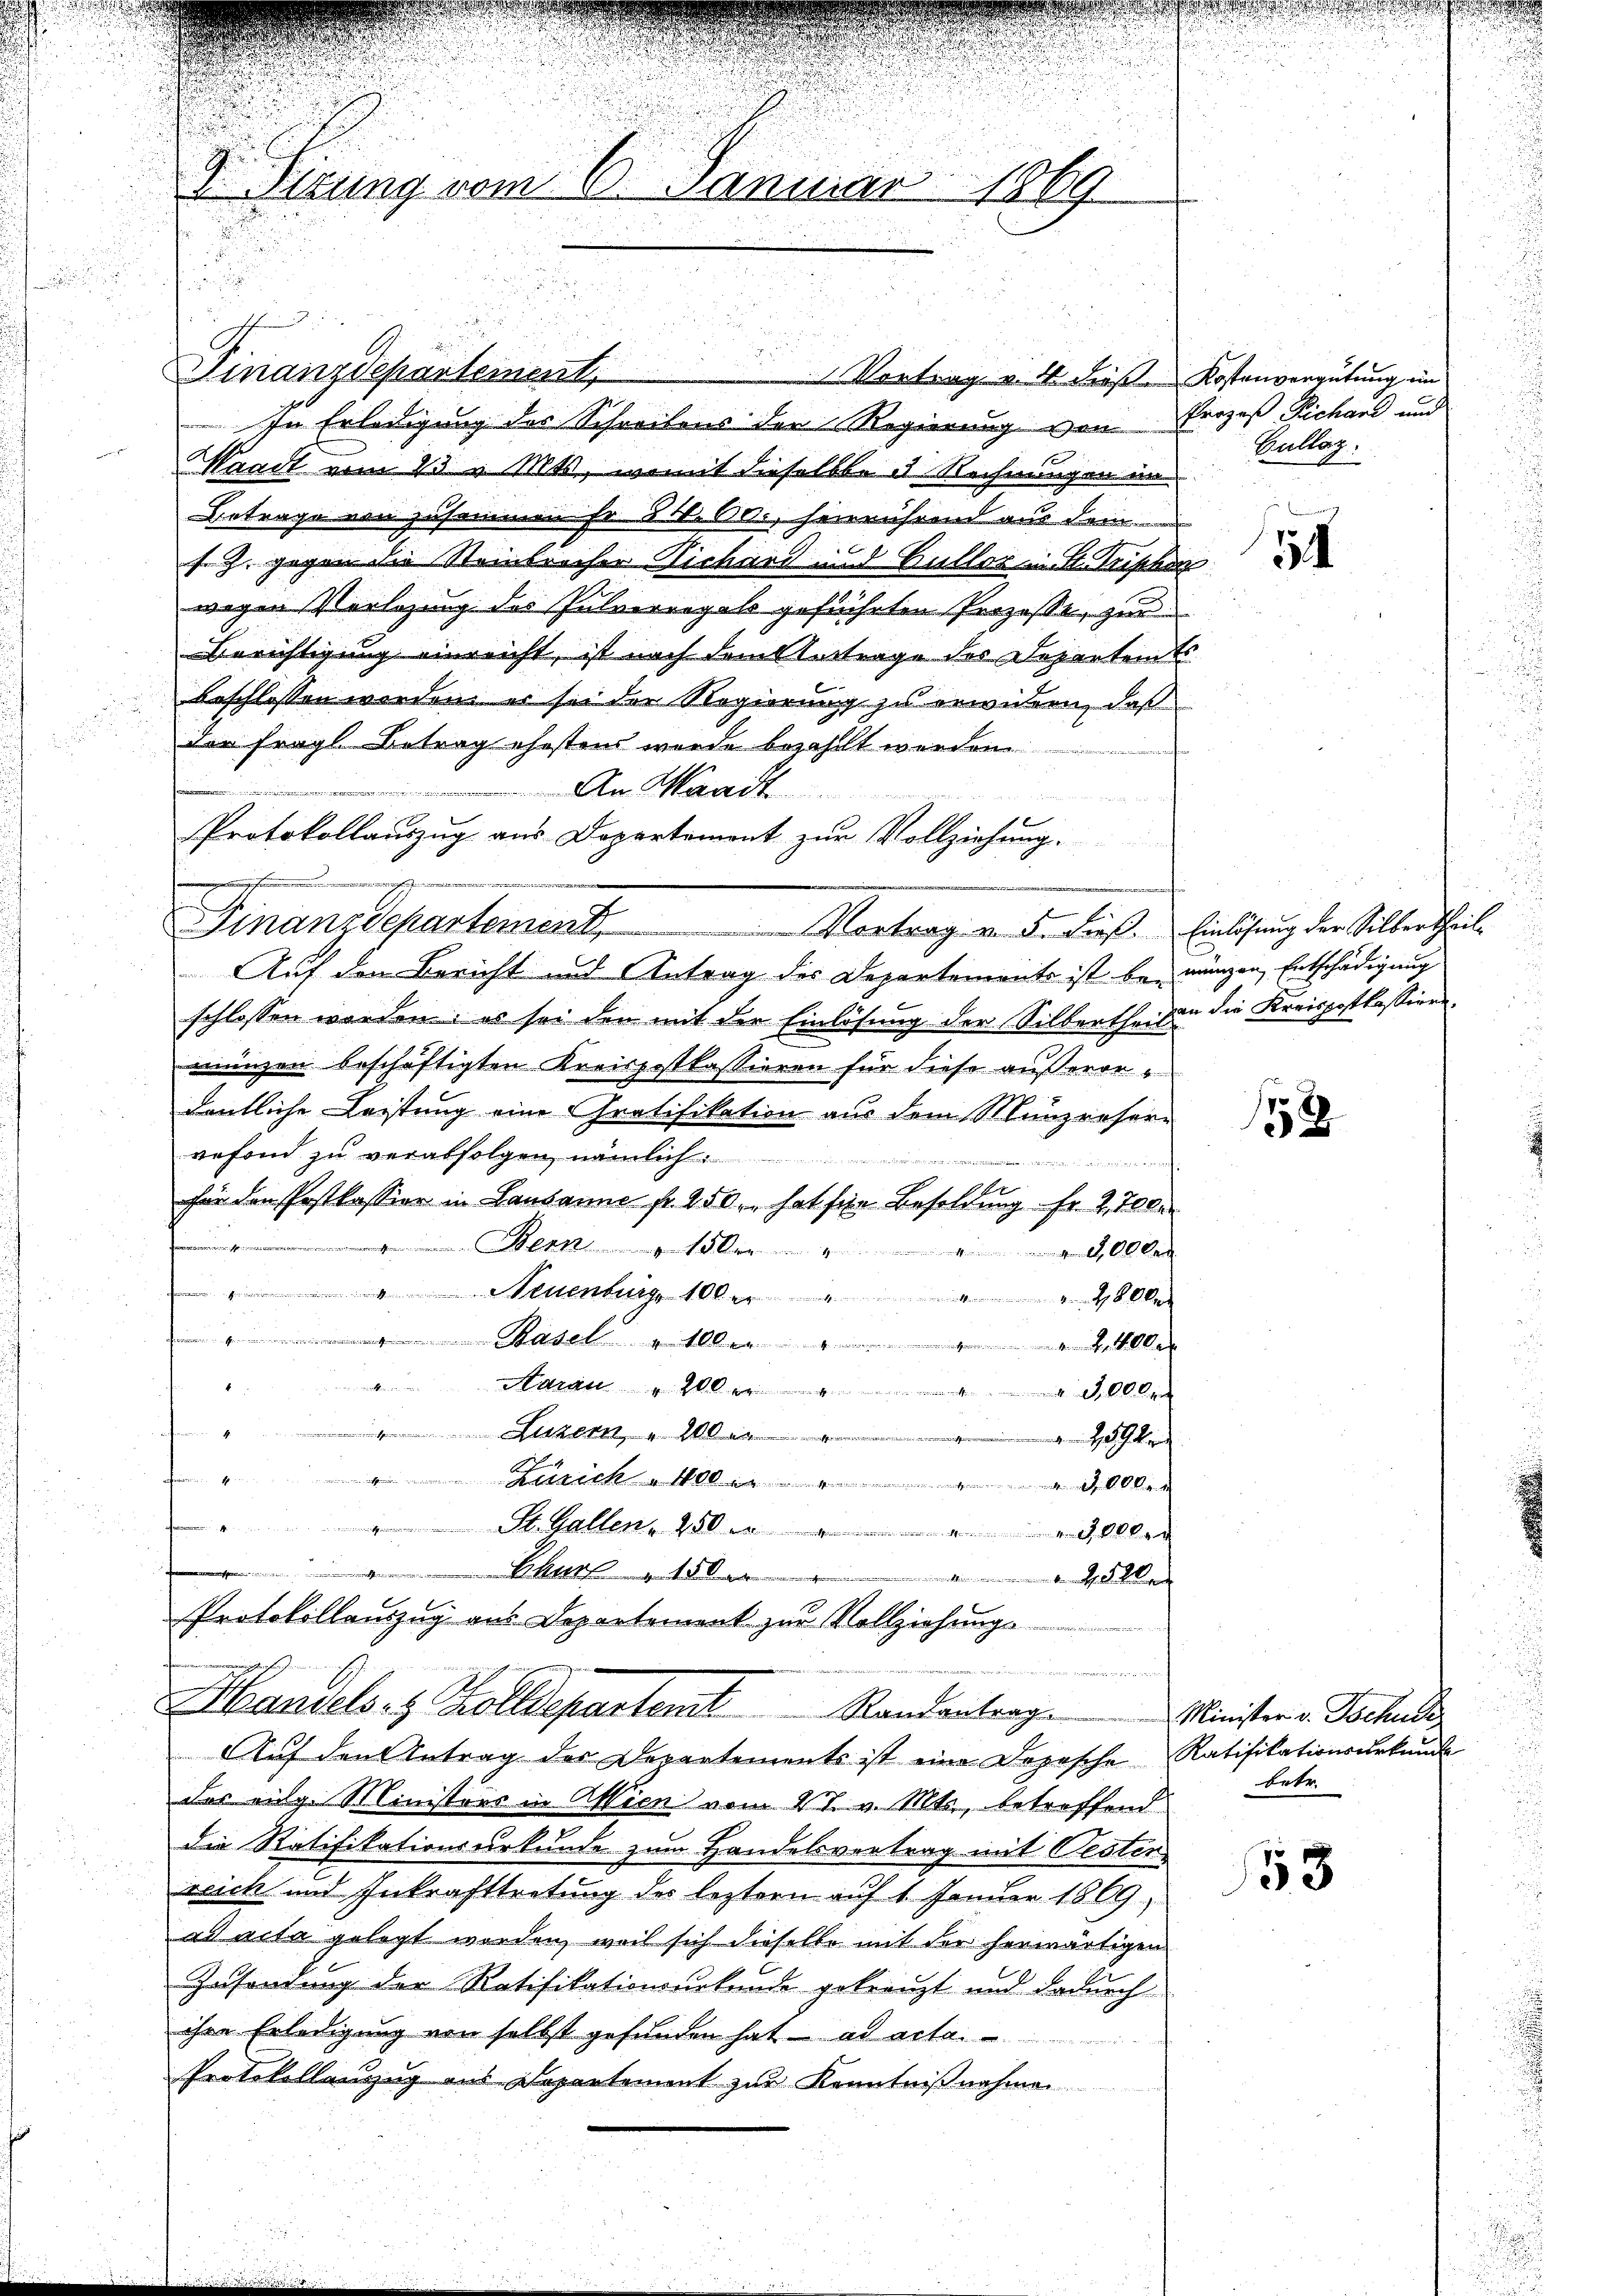
Dr. Sizung vom 6. Januar 1869

Finanzdepartement,
In Erledigung der Schreibens der Regierung von Prozeß Pichard und
Waadt vom 23 u. Mts., womit dieselbe u. Rechnungen im
Betrage von zusammen Fr. 24. 60. Heinrührend aus dem
f. J. gegen die Steinbrecher Richard und Cullos in St. Triphen
wegen Verlegung der Pulverregals geführten Prozesst, zur
Berichtigung einreicht, ist nach dem Vortrage des Departemte
beschlossen worden er sei der Regierung zu erwidern, daß
der fragl. Betrag ehestens wurde bezahlt werden
An Waadt
B
Protokollauszug aus Departement zur Vollziehung.
eingenen finde |
Finanzdepartement. Vortrag von der dieß. Einlösung der Silbertheil
Auf den Bericht und Antrag des Departements ist bei wungen Entschädigung
schlossen worden: es sei der mit der Einlösung der Silbertheilen die Kreispostkassionsmünzen beschäftigten Kreispostkassieren für diese außerordentliche Leistung eine Gratifikation aus dem Münzreser-
refond zu verabfolgen, nämlich:
uungen des zu ein
e
für den Postkassier in Lausanne fr. 250., hat für Besoldung Fr. 2700.
Bern " 150. " " " 9,000
senburg 100 er
e
 adel ellen 100
aran aller " " " 3,000
Pri
Lusser " 10. " " " 1094.
Zürich aller den
St. Gallen, 250 " " " 9000.

................
Protokollanzzug aus Departement zur Vollziehung

Vortrag v. 4. diese Kostenvergütung im

e
d
Wandels- & Zolldepartent Randentrage

Auf den Antrag der Departements ist eine Depesche Ratifikationsurkunde
des vulg. Ministrer in Wien vom 27. v. Mts., betreffend
die Ratifikationsurkunde zum Handelsvertrag mit Oesten
reich und Inkrafttretung des leztern auf 1 Januar 1869,
ad acta gelegt werden, weil sich dieselbe mit der herwärtigen
Zusendung der Ratifikationsurkunde gekreuzt und dadurch
ihre Erledigung von selbst gefunden hat ad acta
u
Protokollenzug aus Departement zur Kenntniß nehmen.

Bullag:

54

1552

Minister v. Tschule
bete

53

.